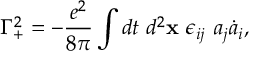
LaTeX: \Gamma _ { + } ^ { 2 } = - \frac { e ^ { 2 } } { 8 \pi } \int d t ~ d ^ { 2 } { \bf x } ~ \epsilon _ { i j } ~ a _ { j } \dot { a } _ { i } ,